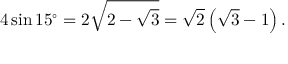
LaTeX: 4 \sin 1 5 ^ { \circ } = 2 { \sqrt { 2 - { \sqrt { 3 } } } } = { \sqrt { 2 } } \left( { \sqrt { 3 } } - 1 \right) .